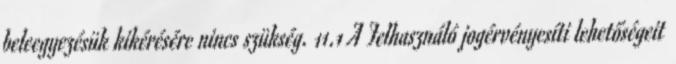
beleegyezésük kikérésére nincs szükség. 11.1 A Felhasználó jogérvényesíti lehetőségeit